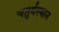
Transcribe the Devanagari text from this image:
चतुर्थस्थान